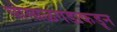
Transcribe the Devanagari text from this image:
घोसाळगडाकडून